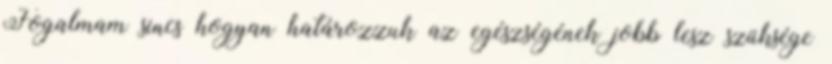
Fogalmam sincs hogyan határozzuk az egészségének jobb lesz szüksége